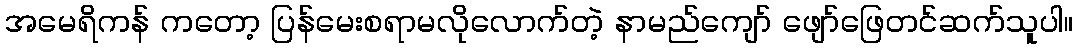
အမေရိကန် ကတော့ ပြန်မေးစရာမလိုလောက်တဲ့ နာမည်ကျော် ဖျော်ဖြေတင်ဆက်သူပါ။